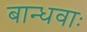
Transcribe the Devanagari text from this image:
बान्धवाः